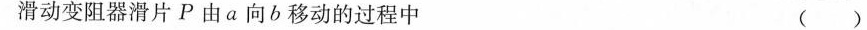
滑动变阻器滑片P由a向b移动的过程中 ()